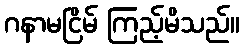
ဂနာမငြိမ် ကြည့်မိသည်။